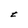
Character: t